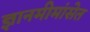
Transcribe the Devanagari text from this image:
ज्ञानमीमांसेत